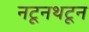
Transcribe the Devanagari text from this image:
नटूनथटून